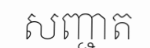
សញ្ជាត